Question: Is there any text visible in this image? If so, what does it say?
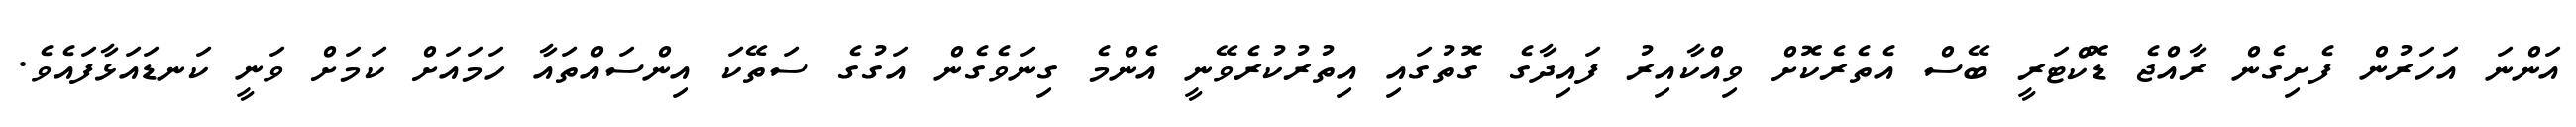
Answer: އަންނަ އަހަރުން ފެށިގެން ރާއްޖެ ޑޮކްޓަރީ ބޭސް އެތެރެކޮށް ވިއްކާއިރު ފައިދާގެ ގޮތުގައި އިތުރުކުރެވޭނީ އެންމެ ގިނަވެގެން އަގުގެ ސަތޭކަ އިންސައްތައާ ހަމައަށް ކަމަށް ވަނީ ކަނޑައަޅާފައެވެ.